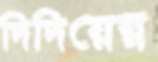
দিদিয়ের